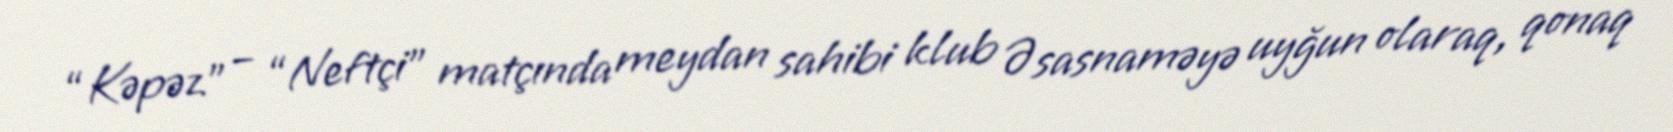
“Kəpəz” – “Neftçi” matçında meydan sahibi klub Əsasnaməyə uyğun olaraq, qonaq